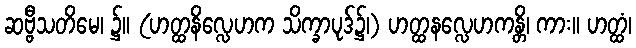
ဆဗ္ဗီသတိမေ၊ ၌။ (ဟတ္ထနိလ္လေဟက သိက္ခာပုဒ်၌၊) ဟတ္ထနလ္လေဟကန္တိ၊ ကား။ ဟတ္ထံ၊